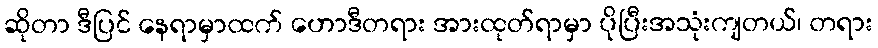
ဆိုတာ ဒီပြင် နေရာမှာထက် ဟောဒီတရား အားထုတ်ရာမှာ ပိုပြီးအသုံးကျတယ်၊ တရား